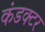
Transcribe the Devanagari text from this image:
कंडक्‍टर